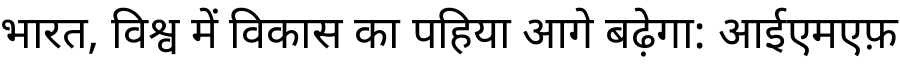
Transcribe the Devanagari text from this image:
भारत, विश्व में विकास का पहिया आगे बढ़ेगा: आईएमएफ़